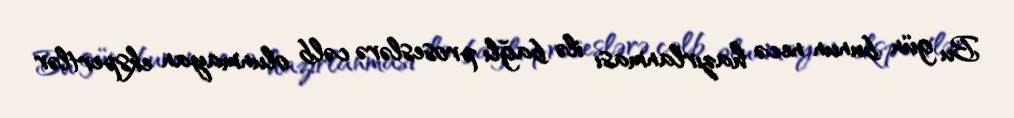
Bu gün bunun necə hazırlanması ilə bağlı proseslərə cəlb olunmayan ekspertlər